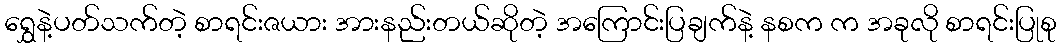
ရွှေနဲ့ပတ်သက်တဲ့ စာရင်းဇယား အားနည်းတယ်ဆိုတဲ့ အကြောင်းပြချက်နဲ့ နစက က အခုလို စာရင်းပြုစု